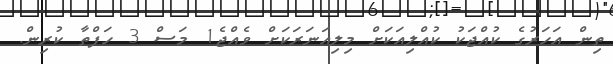
ތިން އަހަރުގެ ކުއްޖަކު ކުއްލިއަކަށް މިލިއަނަރަކަށް ވެއްޖެ1 މަސް 3 ހަފްތާ ކުރިން.